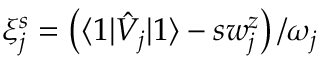
\xi _ { j } ^ { s } = \left( \langle 1 | \hat { V } _ { j } | 1 \rangle - s w _ { j } ^ { z } \right) / \omega _ { j }